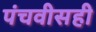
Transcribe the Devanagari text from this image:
पंचवीसही